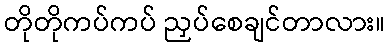
တိုတိုကပ်ကပ် ညှပ်စေချင်တာလား။